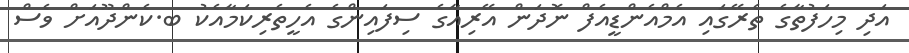
އަދި މިހަފުތާގެ ތެރޭގައި އެމްއެންޑީއެފް ނޮދަން އޭރިއާގެ ސިފައިންގެ އެހީތެރިކަމާއެކު ބ.ކެންދޫއަށް ވެސް